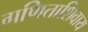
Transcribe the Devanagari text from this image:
गणिताशिवाय